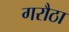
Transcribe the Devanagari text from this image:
गरौठा